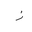
Letter: _zay